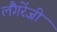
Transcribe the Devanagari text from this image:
लैंगरेंजी